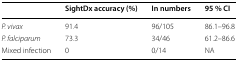
<table><thead><tr><td></td><td><b>SightDx accuracy (%)</b></td><td><b>In numbers</b></td><td><b>95 % CI</b></td></tr></thead><tbody><tr><td><i>P. vivax</i></td><td>91.4</td><td>96/105</td><td>86.1–96.8</td></tr><tr><td><i>P. falciparum</i></td><td>73.3</td><td>34/46</td><td>61.2–86.6</td></tr><tr><td>Mixed infection</td><td>0</td><td>0/14</td><td>NA</td></tr></tbody></table>